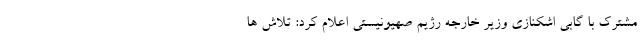
مشترک با گابی اشکنازی وزیر خارجه رژیم صهیونیستی اعلام کرد: تلاش ها